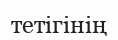
тетігінің